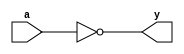
module _inv(a,y); //inverter gate
  input a;
  output y;
  assign y=~a; //NOT operation
endmodule


module _nand2(a,b,y); //2-to-1 NAND gate
  input a,b;
  output y;
  assign y=~(a&b); //NAND operation
endmodule


module _and2(a,b,y); //2-to-1 AND gate
  input a,b;
  output y;
  assign y=a&b; //AND operation
endmodule


module _or2(a,b,y); //2-to-1 OR gate
  input a,b;
  output y;
  assign y=a|b; //OR operation
endmodule


module _xor2(a,b,y); //2-to-1 XOR gate
  input a,b;
  output y;
  wire inv_a, inv_b;
  wire w0, w1;
  
  _inv U0_inv(.a(a), .y(inv_a)); //inverter module instance
  _inv U1_inv(.a(b), .y(inv_b));
  
  _and2 U2_and(.a(inv_a), .b(b), .y(w0)); //AND module instance
  _and2 U3_and(.a(a), .b(inv_b), .y(w1));
  
  _or2 U4_or(.a(w0), .b(w1), .y(y)); //OR module instance
endmodule


module _and3(a,b,c,y); //3-to-1 AND gate
  input a,b,c;
  output y;
  assign y=a&b&c; //AND operation
endmodule


module _and4(a,b,c,d,y); //4-to-1 AND gate
  input a,b,c,d;
  output y;
  assign y=a&b&c&d; //AND operation
endmodule


module _and5(a,b,c,d,e,y); //5-to-1 AND gate
  input a,b,c,d,e;
  output y;
  assign y=a&b&c&d&e; //AND operation
endmodule


module _or3(a,b,c,y); //3-to-1 OR gate
  input a,b,c;
  output y;
  assign y=a|b|c; //OR operation
endmodule


module _or4(a,b,c,d,y); //4-to-1 OR gate
  input a,b,c,d;
  output y;
  assign y=a|b|c|d; //OR operation
endmodule


module _or5(a,b,c,d,e,y); //5-to-1 OR gate
  input a,b,c,d,e;
  output y;
  assign y=a|b|c|d|e; //OR operation
endmodule